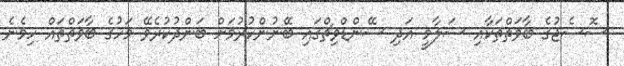
ސޮސެޖުގެ ބާވަތްތަކާއި ސަލާމީ އަދި ސޭންޑްވިޗްގައި ބޭނުންކުރުމަށް ބަންދުކުރެވޭ މަހުގެ ބާވަތްތައް ހިމެނެ